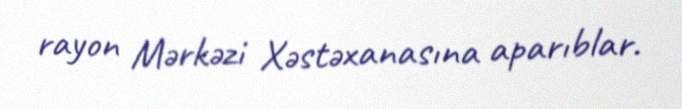
rayon Mərkəzi Xəstəxanasına aparıblar.